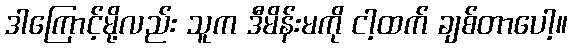
ဒါကြောင့်မို့လည်း သူက ဒီမိန်းမကို ငါ့ထက် ချစ်တာပေါ့။